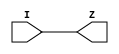
`timescale 1ns / 1ps

module DelayElement
#(parameter DelayValue = 1)
(
	input	wire	I,
	output	wire	Z
    );
	
	assign	#(0.2*DelayValue)	Z = I;

endmodule